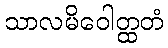
သာလမိဝေါတ္ထတံ